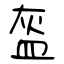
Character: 盔